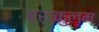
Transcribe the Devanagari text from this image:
एराकुलम